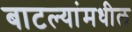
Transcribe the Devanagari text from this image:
बाटल्यांमधील